King Institute of Preventive Medicine Bacteriolog. Section reports 1907-08
Year: 1907
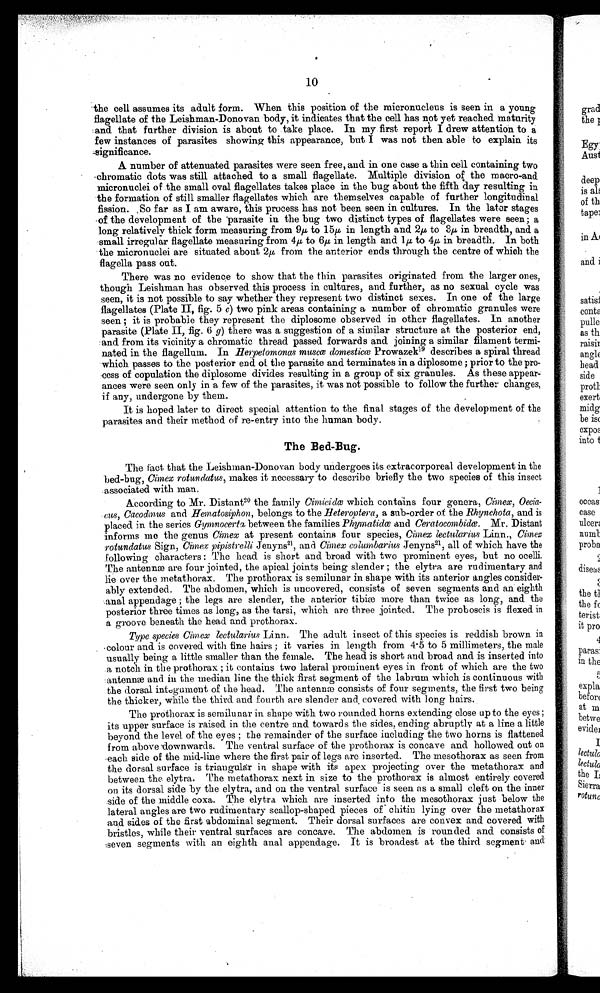
10
the cell assumes its adult form. When this position of the micronucleus is seen in a young
flagellate of the Leishman-Donovan body, it indicates that the cell has not yet reached. maturity
and that farther division is about to .take place. In my first report I drew attention to a
few instances of parasites showing this appearance, but I was not then able to explain its
significance.
A number of attenuated parasites were seen free, and in one case a thin cell containing two
chromatic dots was still attached to a small flagellate. Multiple division of the macro-and
micronuclei of the small oval flagellates takes place in the bug about the fifth day resulting in
the formation of still smaller flagellates which. are themselves capable of further longitudinal
fission. ,So far as I am aware, this process has not been seen in cultures. In the later stages
of the development of the parasite in the bug two distinct types of flagellates were seen; a
long relatively thick form measuring from 9μ to l5μ in length and 2μ to 3μ in breadth, and a
small irregular flagellate measuring from 4μ to 6μ in length and 1 μ to 4μ in breadth. In both
the micronuclei are situated about 2 μ from the anterior ends through the centre of which the
flagella pass oat.
There was no evidence to show that the thin parasites originated from the larger ones,
though Leishman has observed this process in cultures, and further, as no sexual cycle was
seen, it is not possible to say whether they represent two distinct sexes. In one of the large
flagellates (Plate II, fig. 5c )
t w o p i n k a r e a s c o n t a i n i n g a n u m b e r o f c h r o m a t i c g r a n u l e s w e r e
seen ; it is probable they represent the diplosome observed in other flagellates. In another
parasite (Plate II, fig . 6 g) there was a suggestion of a similar structure at the posterior end,
and from its vicinity a chromatic thread passed forwards and joining a similar filament termi-
nated in the flagellum. In Herpetomonas muscœ domesticœ Prowazek19 describes a spiral thread
which passes to the posterior end of the parasite and terminates in a diplosome ; prior to the pro-
-cess of copulation the diplosome divides resulting in a group of six granules. As these appear-
ances were seen only in a few of the parasites, it was not possible to follow the further changes,
if any, undergone by them.
It is hoped later to direct special attention to the final stages of the development of the
parasites and their method of re-entry into the human body.
The Bed-Bug.
The fact that the Leishman-Donovan body undergoes its extracorporeal development in the
bed-bug, Cimex rotundatus, makes it necessary to describe briefly the two species of this insect
associated with man.
According to Mr. Distant 20 the family Cimicidœ which contains four genera, Cimex,
O e c i a - c u s , C a c o d m u s
a n d
H e m a t o s i p h o n ,
b e l o n g s t o t h e H
e t e r o p t e r a ,
a s u b - o r d e r o f t h e
R h y n c h o t a ,
a n d i s
placed in the series Gymnocerta between the families Phymatidœ and Ceratocombidœ. Mr. Distant
informs methegenus Cimex at present contains four species, CimexlectulariusLinn.,cimex
rotundatus Sign, Cimex pipistrelli Jenyns21 , and Cimex columbarius Jenyns21, all of which have the
following characters : The head is short and broad with two prominent eyes, but no ocelli.
The antennæ are four jointed, the apical joints being slender ; the elytra are rudimentary and
lie over the metathorax. The prothorax is semilunar in shape with its anterior angles consider--
ably extended. The abdomen, which is uncovered, consists of seven segments and an eighth
anal appendage ; the legs are slender, the anterior tibiæ more than twice as long, and the
posterior three times as long, as the tarsi, which are three jointed. The proboscis is flexed in
a ,groove beneath the head and prothorax.
Type species Cimex lectularius Linn. The adult insect of this species is reddish brown in
colour and is covered with fine hairs ; it varies in length from 4 . 5 to 5 millimeters, the male
usually being a little smaller than the female. The head is short and broad and is inserted into
a notch in the prothorax ; it contains two lateral prominent eyes in front of which are the two
antennæ and in the median line the thick first segment of the labrum which is continuous with
the dorsal integument of the head. The antennae consists of four segments, the first two being
the thicker, while the third and fourth are slender and covered with long hairs.
The prothorax is semilunar in shape with two rounded horns extending close up to the eyes ;
its upper surface is raised in the centre and towards the sides, ending abruptly at a line a little
beyond the level of the eyes ; the remainder of the surface including the two horns is flattened
from above downwards. The ventral surface of the prothorax is concave and hollowed out on
each side of the mid-line where the first pair of legs are inserted. The mesothorax as seen from
the dorsal surface is triangular in shape with its apex projecting over the metathorax and
between the elytra. The metathorax next in size to the prothorax is almost entirely covered
on its dorsal side by the elytra, and on the ventral surface is seen as a small cleft on the inner
side of the middle coxa. The elytra which are inserted into the mesothorax just below the
lateral angles are two rudimentary scallop-shaped pieces of' chitin lying over the metathorax
and sides of the first abdominal segment. Their dorsal surfaces are convex and covered with
bristles, while their ventral surfaces are concave. The abdomen is rounded and consists of
seven segments with an eighth anal appendage. It is broadest at the third segment and